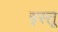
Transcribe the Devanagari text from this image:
इस्तू